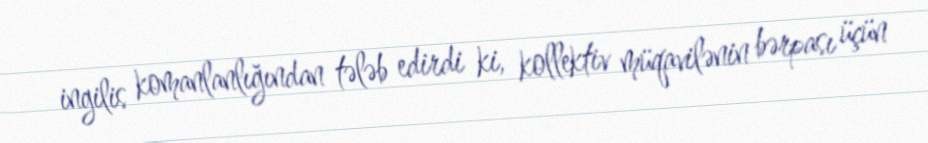
ingilis komanlanlığından tələb edirdi ki, kollektiv müqavilənin bərpası üçün